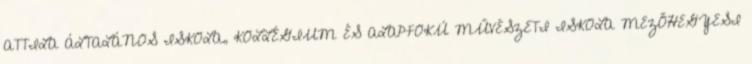
ATTILA ÁLTALÁNOS ISKOLA, KOLLÉGIUM ÉS ALAPFOKÚ MŰVÉSZETI ISKOLA MEZŐHEGYESI